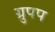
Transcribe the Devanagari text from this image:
ग्रुपप